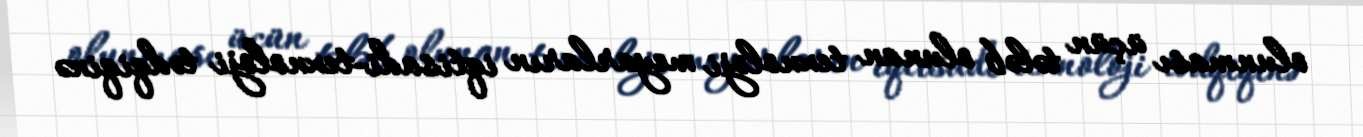
olunması üçün tələb olunan texnoloji meyarların iqtisadi-texnoloji tədqiqinə